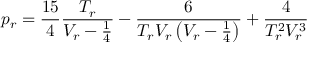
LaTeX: p _ { r } = { \frac { 1 5 } { 4 } } { \frac { T _ { r } } { V _ { r } - { \frac { 1 } { 4 } } } } - { \frac { 6 } { T _ { r } V _ { r } \left( V _ { r } - { \frac { 1 } { 4 } } \right) } } + { \frac { 4 } { T _ { r } ^ { 2 } V _ { r } ^ { 3 } } }